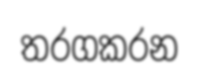
තරගකරන